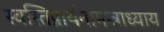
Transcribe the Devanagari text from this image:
स्वस्तिप्रार्थनामन्त्राध्याय